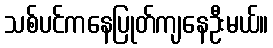
သစ်ပင်ကနေပြုတ်ကျနေဦးမယ်။